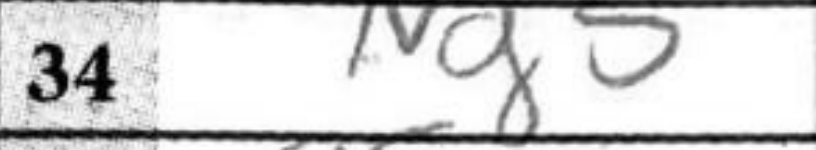
Transcription: Ng5